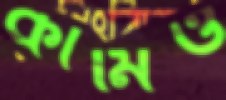
কামিও